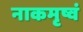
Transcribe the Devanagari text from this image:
नाकमृष्वं